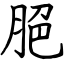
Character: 脃